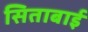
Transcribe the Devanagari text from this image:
सिताबाई